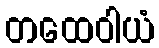
တထေဝါယံ